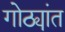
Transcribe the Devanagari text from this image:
गोठ्यांत